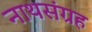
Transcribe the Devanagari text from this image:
नाथसंग्रह